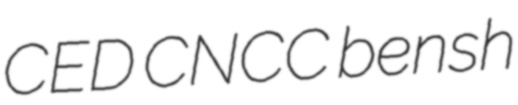
CED CNCC bensh